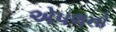
એપલનો